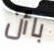
باأن